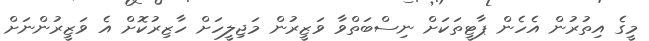
މީގެ އިތުރުން އެހެން ޕާޓީތަކަށް ނިސްބަތްވާ ވަޒީރުން މަޖިލީހަށް ހާޒިރުކޮށް އެ ވަޒީރުންނަށް